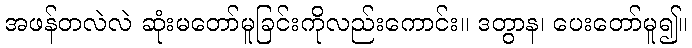
အဖန်တလဲလဲ ဆုံးမတော်မူခြင်းကိုလည်းကောင်း။ ဒတွာန၊ ပေးတော်မူ၍။